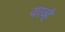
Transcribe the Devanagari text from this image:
याव्‍हे